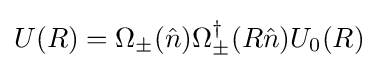
U(R)=\Omega _{\pm }({\hat {n}})\Omega _{\pm }^{\dagger }(R{\hat {n}})U_{0}(R)